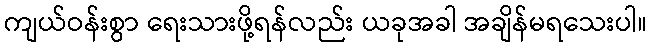
ကျယ်ဝန်းစွာ ရေးသားဖို့ရန်လည်း ယခုအခါ အချိန်မရသေးပါ။